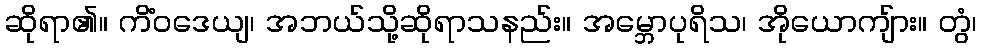
ဆိုရာ၏။ ကိံဝဒေယျ၊ အဘယ်သို့ဆိုရာသနည်း။ အမ္ဘောပုရိသ၊ အိုယောကျ်ား။ တွံ၊